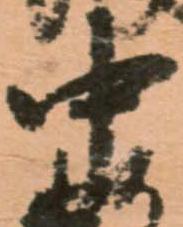
中